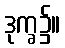
ဒုက္ခ၌။